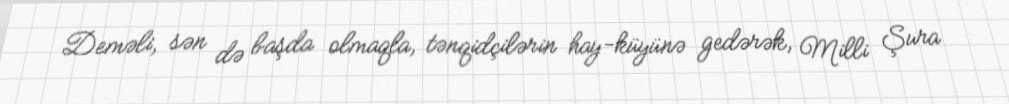
Deməli, sən də başda olmaqla, tənqidçilərin hay-küyünə gedərək, Milli Şura